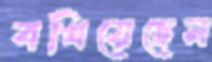
বখিয়েছেন